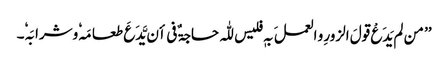
’’ من لم یَدَعْ قولَ الزورِ و العملَ بہٖ فلیس للّٰہ حاجۃٌ فی أن یَّدَعَ طعامَہٗ وشرابَہٗ۔